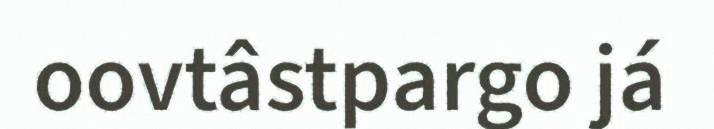
oovtâstpargo já